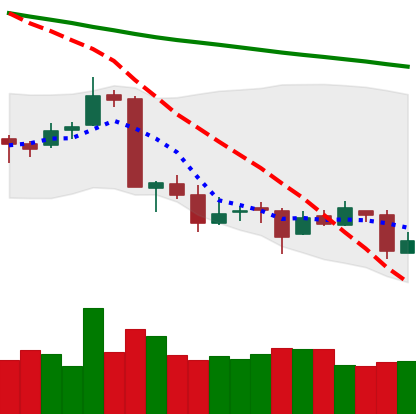
Ticker: ETC-USD
Chart end date: 2018-09-18
Forward return: 9.448%
Label: up_7plus